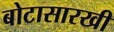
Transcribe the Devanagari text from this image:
बोटासारखी